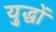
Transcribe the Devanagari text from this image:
यु्द्धों